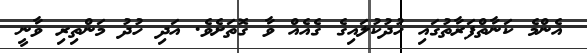
އެންމެ ކަނާތްފަރާތުގައި ހުދުކުލައިގެ ގެއެއް ވާ ގޮތަށެވެ. އަދި ހުދު މަންތިރި ވާނީ